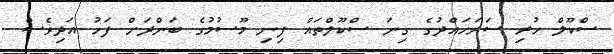
ސްކޫލް ހުރި ސަރަހައްދުގެ ގިނަ ސްކޫލްތައް ފިނި މޫސުމުގެ ބަންދަށް ފަހު އަދިވެސް